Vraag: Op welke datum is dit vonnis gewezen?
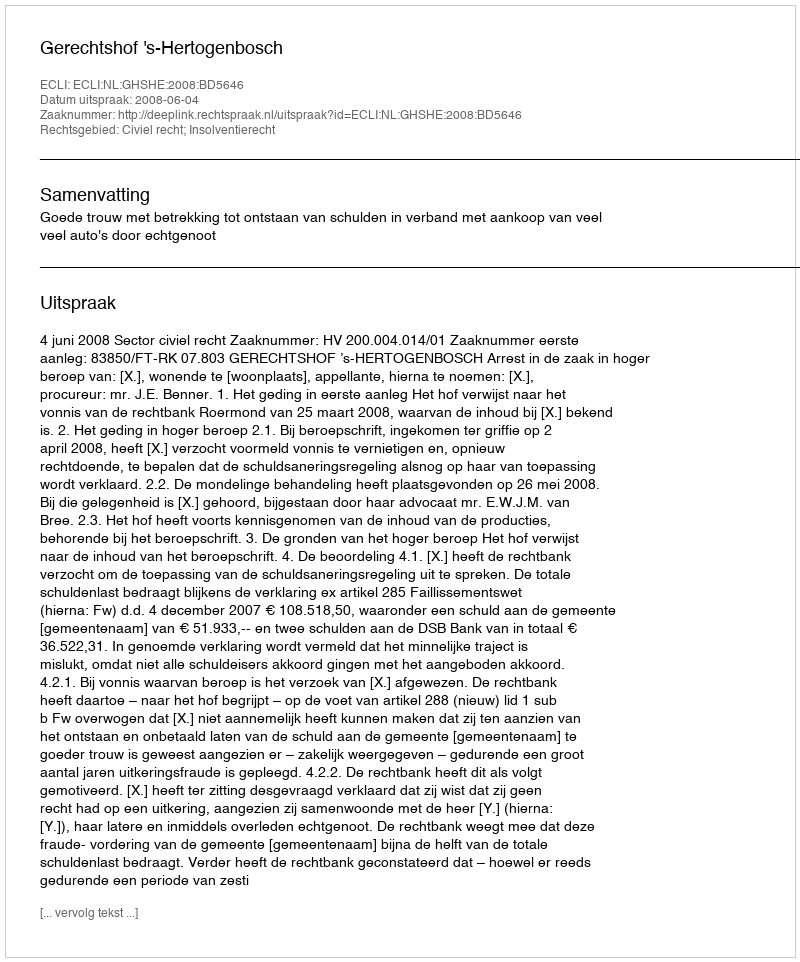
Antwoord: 2008-06-04